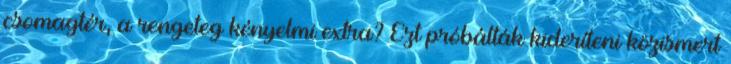
csomagtér, a rengeteg kényelmi extra? Ezt próbálták kideríteni közismert